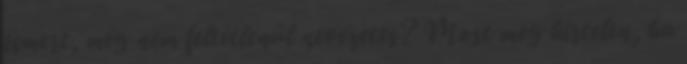
ismert, még nem feltétlenül nevezetes? Most meg hirtelen, ha